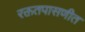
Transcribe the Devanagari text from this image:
रक्ततपासणीत